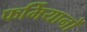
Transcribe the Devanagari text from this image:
फर्मियानों